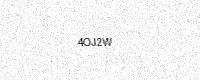
Text: 4OJ2W